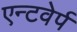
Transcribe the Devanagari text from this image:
एन्टवेर्प